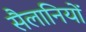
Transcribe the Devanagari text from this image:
सैलानियों